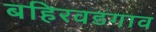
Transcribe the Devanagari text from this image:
बहिरवडगाव